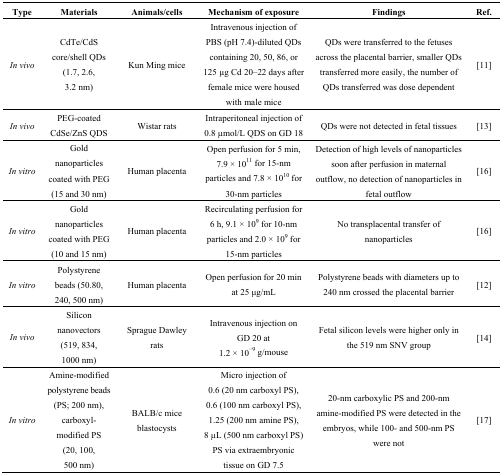
<table><thead><tr><td><b>Type</b></td><td><b>Materials</b></td><td><b>Animals/cells</b></td><td><b>Mechanism of exposure</b></td><td><b>Findings</b></td><td><b>Ref.</b></td></tr></thead><tbody><tr><td><i>In vivo</i></td><td>CdTe/CdS core/shell QDs (1.7, 2.6, 3.2 nm)</td><td>Kun Ming mice</td><td>Intravenous injection of PBS (pH 7.4)-diluted QDs containing 20, 50, 86, or 125 μg Cd 20–22 days after female mice were housed with male mice</td><td>QDs were transferred to the fetuses across the placental barrier, smaller QDs transferred more easily, the number of QDs transferred was dose dependent</td><td>[11]</td></tr><tr><td><i>In vivo</i></td><td>PEG-coated CdSe/ZnS QDS</td><td>Wistar rats</td><td>Intraperitoneal injection of 0.8 μmol/L QDS on GD 18</td><td>QDs were not detected in fetal tissues</td><td>[13]</td></tr><tr><td><i>In vitro</i></td><td>Gold nanoparticles coated with PEG (15 and 30 nm)</td><td>Human placenta</td><td>Open perfusion for 5 min, 7.9 × 10<sup>11</sup> for 15-nm particles and 7.8 × 10<sup>10</sup> for 30-nm particles</td><td>Detection of high levels of nanoparticles soon after perfusion in maternal outflow, no detection of nanoparticles in fetal outflow</td><td>[16]</td></tr><tr><td><i>In vitro</i></td><td>Gold nanoparticles coated with PEG (10 and 15 nm)</td><td>Human placenta</td><td>Recirculating perfusion for 6 h, 9.1 × 10<sup>9</sup> for 10-nm particles and 2.0 × 10<sup>9</sup> for 15-nm particles</td><td>No transplacental transfer of nanoparticles</td><td>[16]</td></tr><tr><td><i>In vitro</i></td><td>Polystyrene beads (50.80, 240, 500 nm)</td><td>Human placenta</td><td>Open perfusion for 20 min at 25 μg/mL</td><td>Polystyrene beads with diameters up to 240 nm crossed the placental barrier</td><td>[12]</td></tr><tr><td><i>In vivo</i></td><td>Silicon nanovectors (519, 834, 1000 nm)</td><td>Sprague Dawley rats</td><td>Intravenous injection on GD 20 at 1.2 × 10<sup>−9</sup> g/mouse</td><td>Fetal silicon levels were higher only in the 519 nm SNV group</td><td>[14]</td></tr><tr><td><i>In vitro</i></td><td>Amine-modified polystyrene beads (PS; 200 nm), carboxyl-modified PS (20, 100, 500 nm)</td><td>BALB/c mice blastocysts</td><td>Micro injection of 0.6 (20 nm carboxyl PS), 0.6 (100 nm carboxyl PS), 1.25 (200 nm amine PS), 8 μL (500 nm carboxyl PS) PS via extraembryonic tissue on GD 7.5</td><td>20-nm carboxylic PS and 200-nm amine-modified PS were detected in the embryos, while 100- and 500-nm PS were not</td><td>[17]</td></tr></tbody></table>